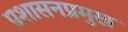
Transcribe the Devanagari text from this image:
प्रशासनप्रमुख